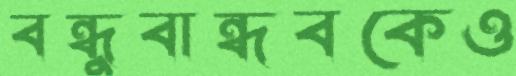
বন্ধুবান্ধবকেও